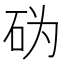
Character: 𰦨